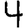
Digit: 4